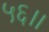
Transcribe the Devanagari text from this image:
५६।।